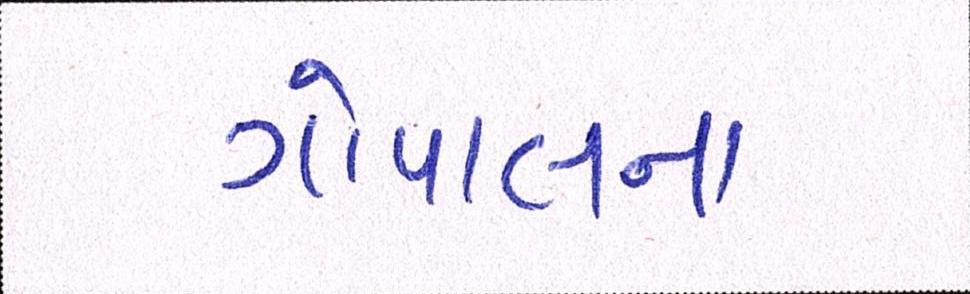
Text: ગોપાલના